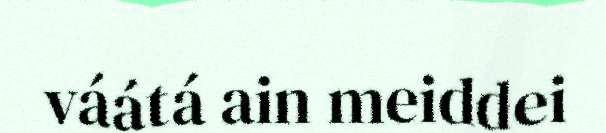
váátá ain meiddei